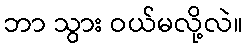
ဘာ သွား ဝယ်မလို့လဲ။